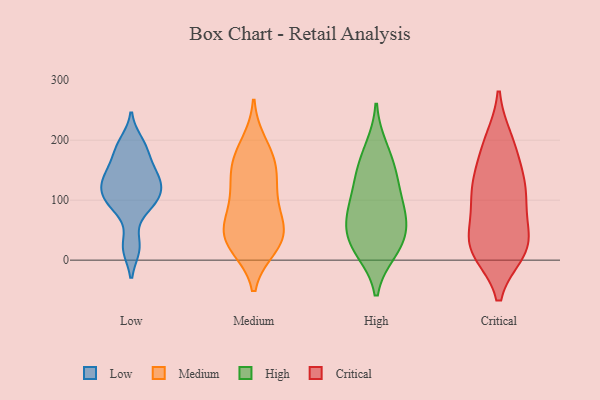
{"axis": {"x": "Waste Production (Tons)", "y": "Value"}, "legend": ["Critical", "High", "Low", "Medium"], "data": [{"x": "", "y": 96, "type": "Low"}, {"x": "", "y": 112, "type": "Low"}, {"x": "", "y": 21, "type": "Low"}, {"x": "", "y": 88, "type": "Low"}, {"x": "", "y": 153, "type": "Low"}, {"x": "", "y": 133, "type": "Low"}, {"x": "", "y": 196, "type": "Low"}, {"x": "", "y": 134, "type": "Low"}, {"x": "", "y": 145, "type": "Low"}, {"x": "", "y": 185, "type": "Low"}, {"x": "", "y": 96, "type": "Low"}, {"x": "", "y": 183, "type": "Low"}, {"x": "", "y": 22, "type": "Low"}, {"x": "", "y": 108, "type": "Low"}, {"x": "", "y": 128, "type": "Low"}, {"x": "", "y": 46, "type": "Medium"}, {"x": "", "y": 153, "type": "Medium"}, {"x": "", "y": 93, "type": "Medium"}, {"x": "", "y": 43, "type": "Medium"}, {"x": "", "y": 193, "type": "Medium"}, {"x": "", "y": 49, "type": "Medium"}, {"x": "", "y": 173, "type": "Medium"}, {"x": "", "y": 23, "type": "Medium"}, {"x": "", "y": 115, "type": "Medium"}, {"x": "", "y": 24, "type": "Medium"}, {"x": "", "y": 36, "type": "Medium"}, {"x": "", "y": 76, "type": "Medium"}, {"x": "", "y": 160, "type": "Medium"}, {"x": "", "y": 130, "type": "Medium"}, {"x": "", "y": 119, "type": "High"}, {"x": "", "y": 26, "type": "High"}, {"x": "", "y": 52, "type": "High"}, {"x": "", "y": 24, "type": "High"}, {"x": "", "y": 84, "type": "High"}, {"x": "", "y": 67, "type": "High"}, {"x": "", "y": 157, "type": "High"}, {"x": "", "y": 16, "type": "High"}, {"x": "", "y": 186, "type": "High"}, {"x": "", "y": 81, "type": "High"}, {"x": "", "y": 138, "type": "High"}, {"x": "", "y": 19, "type": "Critical"}, {"x": "", "y": 120, "type": "Critical"}, {"x": "", "y": 17, "type": "Critical"}, {"x": "", "y": 91, "type": "Critical"}, {"x": "", "y": 19, "type": "Critical"}, {"x": "", "y": 18, "type": "Critical"}, {"x": "", "y": 142, "type": "Critical"}, {"x": "", "y": 46, "type": "Critical"}, {"x": "", "y": 129, "type": "Critical"}, {"x": "", "y": 200, "type": "Critical"}, {"x": "", "y": 49, "type": "Critical"}, {"x": "", "y": 199, "type": "Critical"}, {"x": "", "y": 113, "type": "Critical"}, {"x": "", "y": 14, "type": "Critical"}, {"x": "", "y": 174, "type": "Critical"}, {"x": "", "y": 96, "type": "Critical"}]}